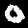
Digit: 0